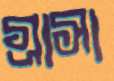
গ্রাসা